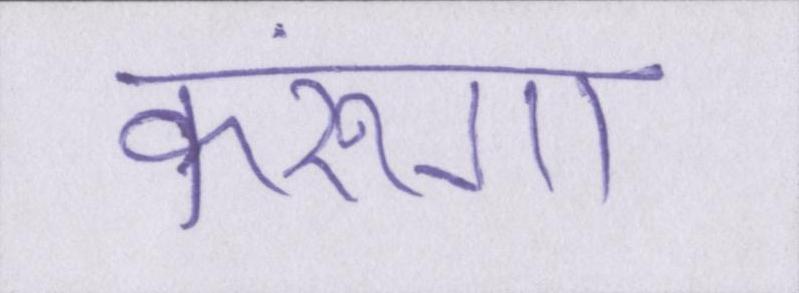
करूंगा